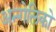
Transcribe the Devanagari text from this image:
अन्गेलिको